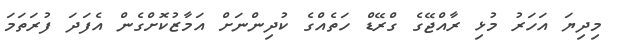
މިދިޔަ އަހަރު މުޅި ރާއްޖޭގެ ގްރޭޑް ހަތެއްގެ ކުދިންނަށް އަމާޒުކޮށްގެން އެފަދަ ފުރަތަމަ